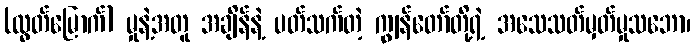
(လွတ်မြောက်) မှုနဲ့အတူ အချိန်နဲ့ ပတ်သက်တဲ့ ကျွန်တော်တို့ရဲ့ အသေသတ်မှတ်မှုသဘော၊